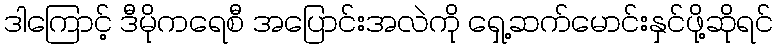
ဒါကြောင့် ဒီမိုကရေစီ အပြောင်းအလဲကို ရှေ့ဆက်မောင်းနှင်ဖို့ဆိုရင်